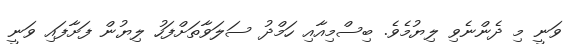
ވަނީ މި ދެންނެވި ލިޔުމެވެ. ބިސްމިއާއި ހަމްދު ސަލަވާތަށްފަހު ލިޔުން ފަށާފައި ވަނީ